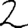
Digit: 2